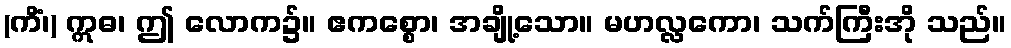
(ကိံ၊) ဣဓ၊ ဤ လောက၌။ ဧကစ္စော၊ အချို့သော။ မဟလ္လကော၊ သက်ကြီးအို သည်။